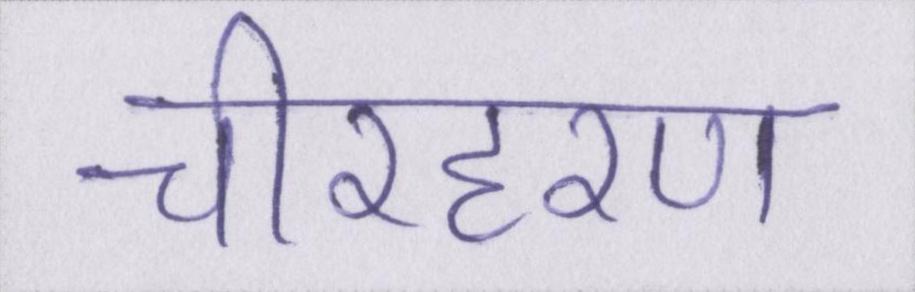
चीरहरण